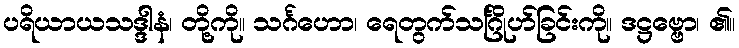
ပရိယာယသဒ္ဒါနံ၊ တို့ကို။ သင်္ဂဟော၊ ရေတွက်သင်္ဂြိုဟ်ခြင်းကို။ ဒဋ္ဌဗ္ဗော၊ ၏။